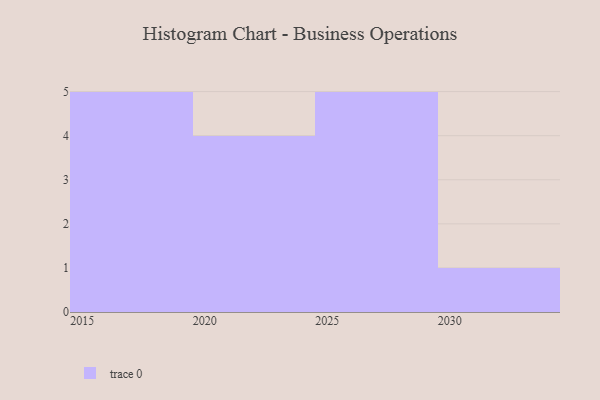
{"axis": {"x": "Year", "y": "Gross Profit (USD K)"}, "legend": [""], "data": [{"x": "2016", "y": 12, "type": ""}, {"x": "2030", "y": 12, "type": ""}, {"x": "2020", "y": 94, "type": ""}, {"x": "2023", "y": 5, "type": ""}, {"x": "2019", "y": 28, "type": ""}, {"x": "2027", "y": 63, "type": ""}, {"x": "2024", "y": 69, "type": ""}, {"x": "2015", "y": 55, "type": ""}, {"x": "2021", "y": 67, "type": ""}, {"x": "2017", "y": 68, "type": ""}, {"x": "2018", "y": 85, "type": ""}, {"x": "2025", "y": 37, "type": ""}, {"x": "2026", "y": 88, "type": ""}, {"x": "2029", "y": 50, "type": ""}, {"x": "2028", "y": 31, "type": ""}]}